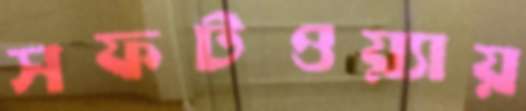
সফটওয়্যায়